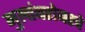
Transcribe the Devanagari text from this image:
मुलांबरोबरचे